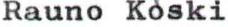
Rauno Koski